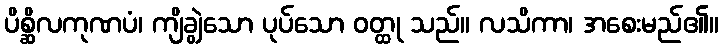
ပိစ္ဆိလကုဏပံ၊ ကျိချွဲသော ပုပ်သော ဝတ္ထု သည်။ လသိကာ၊ အစေးမည်၏။